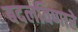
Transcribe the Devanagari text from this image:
बदलविणारे